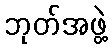
ဘုတ်အဖွဲ့